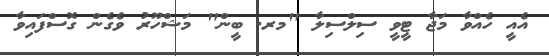
އެއީ ހެއްވާ މަޖާ ޓީވީ ސިލްސިލާ "މރ. ބީން" މަޝްހޫރު ވެގެން ގޮސްފައިވާ